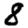
Digit: 8